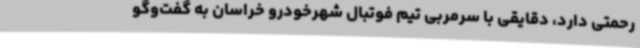
رحمتی دارد، دقایقی با سرمربی تیم فوتبال شهرخودرو خراسان به گفت‌وگو